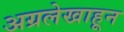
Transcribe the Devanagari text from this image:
अग्रलेखाहून